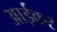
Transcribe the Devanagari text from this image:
आईकर